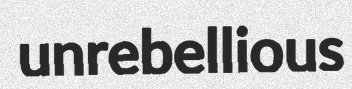
unrebellious